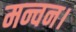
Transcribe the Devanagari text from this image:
मन्चन।